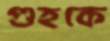
গুহকে